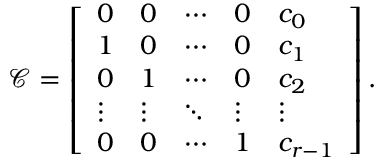
\begin{array} { r } { \mathcal { C } = \left[ \begin{array} { l l l l l } { 0 } & { 0 } & { \cdots } & { 0 } & { c _ { 0 } } \\ { 1 } & { 0 } & { \cdots } & { 0 } & { c _ { 1 } } \\ { 0 } & { 1 } & { \cdots } & { 0 } & { c _ { 2 } } \\ { \vdots } & { \vdots } & { \ddots } & { \vdots } & { \vdots } \\ { 0 } & { 0 } & { \cdots } & { 1 } & { c _ { r - 1 } } \end{array} \right] . } \end{array}